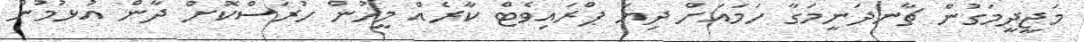
މަޖީދީމަގުން ޗާނދަނީމަގާ ހަމައަށް ދިޔަ ޕްރައިވެޓް ކާރެއް މީހުން ހުރަސްކޮށް ދާން އުޅުމުން